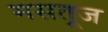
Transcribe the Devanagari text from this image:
मसतूज